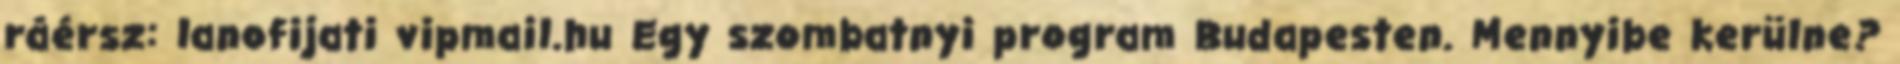
ráérsz: lanofijati vipmail.hu Egy szombatnyi program Budapesten. Mennyibe kerülne?